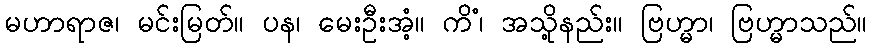
မဟာရာဇ၊ မင်းမြတ်။ ပန၊ မေးဦးအံ့။ ကိံ၊ အသို့နည်း။ ဗြဟ္မာ၊ ဗြဟ္မာသည်။